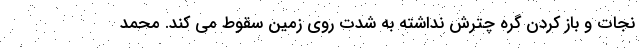
نجات و باز کردن گره چترش نداشته به شدت روی زمین سقوط می کند. محمد